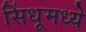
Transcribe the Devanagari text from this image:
सिंधूमध्ये